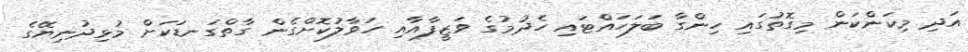
އަދި މިކަންކަން މިގޮތުގައި ހިންގާ ބަލަހައްޓައި ހެދުމުގެ ވަޒީފާއާއި ހަވާލުކޮށްގެން ގާތްގަނޑަކަށް މުޅިދުނިޔޭގެ